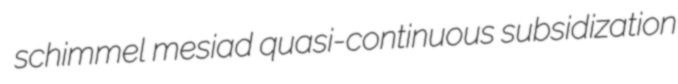
schimmel mesiad quasi-continuous subsidization